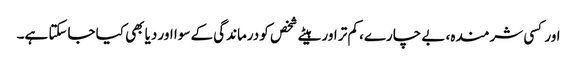
اور کسی شرمندہ، بے چارے، کم تر اور ہیٹے شخص کو درماندگی کے سوا اور دیا بھی کیا جاسکتا ہے۔